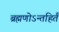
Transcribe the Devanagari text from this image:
ब्रह्मणोऽन्तहिर्तं